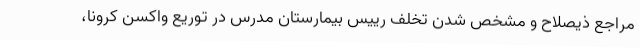
مراجع ذیصلاح و مشخص شدن تخلف رییس بیمارستان مدرس در توریع واکسن کرونا،